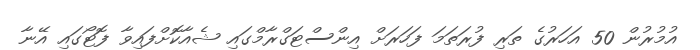
އުމުރުން 50 އަހަރުގެ ތަރި ފުރަތަމަ ފަހަރަށް އިންސްޓަގްރާމްގައި ޝެއާކޮށްފައިވާ ފޮޓޯގައި އޭނާ